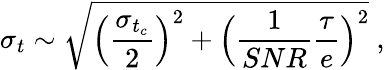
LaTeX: \sigma_{t}\sim\sqrt{\Big(\frac{\sigma_{t_{c}}}{2}\Big)^{2}+\Big(\frac{1}{SNR}\frac{\tau}{e}\Big)^{2}}~,